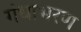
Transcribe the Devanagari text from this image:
गंधाभरण